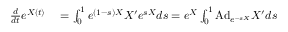
\begin{array} { r l } { { \frac { d } { d t } } e ^ { X ( t ) } } & { { } = \int _ { 0 } ^ { 1 } e ^ { ( 1 - s ) X } X ^ { \prime } e ^ { s X } d s = e ^ { X } \int _ { 0 } ^ { 1 } \mathrm { A d } _ { e ^ { - s X } } X ^ { \prime } d s } \end{array}